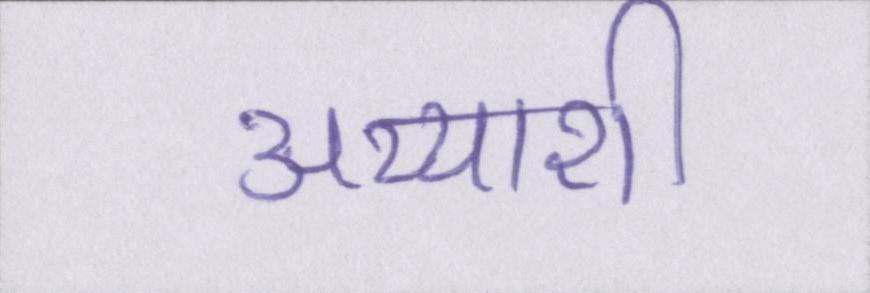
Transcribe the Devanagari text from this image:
अय्याशी